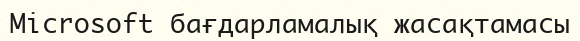
Microsoft бағдарламалық жасақтамасы